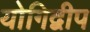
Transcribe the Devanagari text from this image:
योगिद्वीप